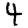
Digit: 4